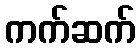
ကက်ဆက်